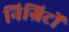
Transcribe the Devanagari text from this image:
निग्रिटों